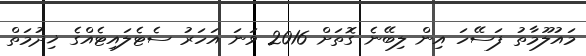
މައުލޫމާތު ފަސޭހަ އިން ލިބޭނެ ގޮތަށް 2016 ވަނަ އަހަރު ސެޓެލައިޓެއްގެ ޚިދުމަތް